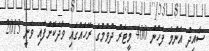
ސާއިދު އެންމެ ފަހުން 400 މީޓަރު ދުވުމުގެ ރޭހެއްގައި ވާދަކޮށްފައި ވަނީ 2013